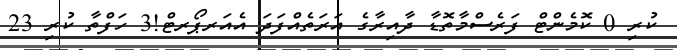
ކުރި 0 ކޮމެންޓް ފަރެސްމާތޮޑާ ދާއިރާގެ އަރަތެއްފަދަ އެއަރޕޯރޓް!3 ހަފްތާ ކުރި 23